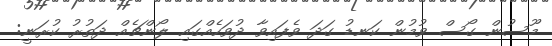
މޫސުން ގޯސް ވުމުން ކަނޑު ގަދަ ވެފައިވާ ދުވަހެއްގައި ލޯންޗެއް ދަތުރު ކުރަނީ: